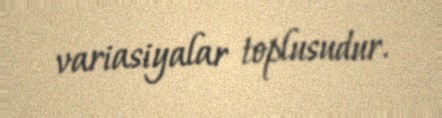
variasiyalar toplusudur.